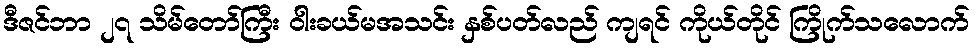
ဒီဇင်ဘာ ၂၇ သိမ်တော်ကြီး ဝါးခယ်မအသင်း နှစ်ပတ်လည် ကျရင် ကိုယ်တိုင် ကြိုက်သလောက်